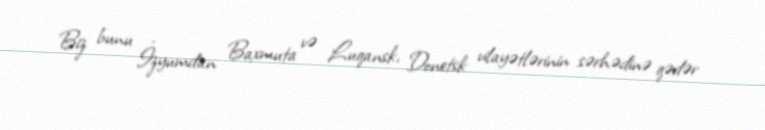
Biz bunu İzyumdan Baxmuta və Luqansk, Donetsk vilayətlərinin sərhədinə qədər